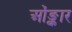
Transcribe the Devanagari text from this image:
ओंङ्कार